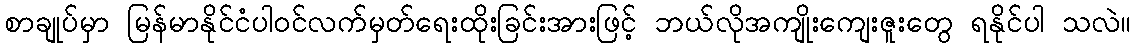
စာချုပ်မှာ မြန်မာနိုင်ငံပါဝင်လက်မှတ်ရေးထိုးခြင်းအားဖြင့် ဘယ်လိုအကျိုးကျေးဇူးတွေ ရနိုင်ပါ သလဲ။